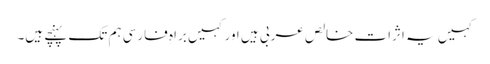
کہیں یہ اثرات خالص عربی ہیں اورکہیں براہِ فارسی ہم تک پہنچے ہیں۔